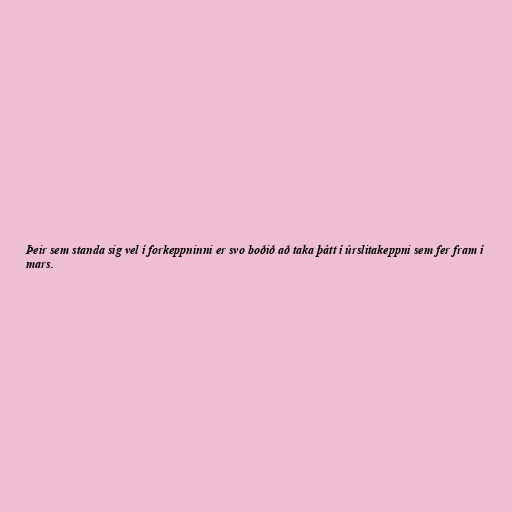
Þeir sem standa sig vel í forkeppninni er svo boðið að taka þátt í úrslitakeppni sem fer fram í
mars.